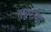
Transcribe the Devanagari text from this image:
रामुराम